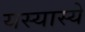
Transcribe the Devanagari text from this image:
यस्यास्ये